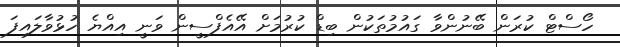
ހޯސްޓް ކުރަން ބޭނުންވާ ގައުމުތަކުން ބިޑް ކުރުމަށް އޭއެފްސީން ވަނީ އިއްޔެ ހުޅުވާލައިފަ